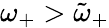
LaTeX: \omega_{+}>\tilde{\omega}_{+}